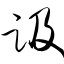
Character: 趿